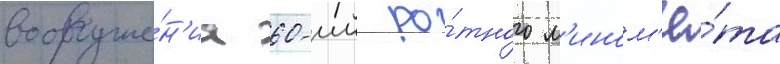
вооруже́н'иа 60-мм ро́тного м'ином'ё́та